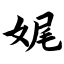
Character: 娓